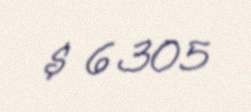
$ 6305